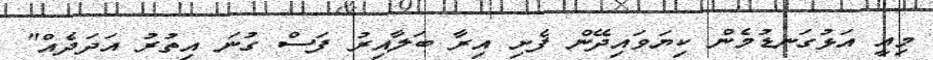
މިއީ އަޅުގަނޑުމެން ކިޔަވައިދޭން ފެށި އިރާ ބަލާއިރު ފަސް ގުނަ އިތުރު އަދަދެއް"